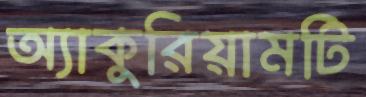
অ্যাকুরিয়ামটি